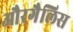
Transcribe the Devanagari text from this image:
औरगैलिस